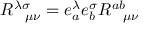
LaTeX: R _ { \ \ \mu \nu } ^ { \lambda \sigma } = e _ { a } ^ { \lambda } e _ { b } ^ { \sigma } R _ { \ \ \mu \nu } ^ { a b }